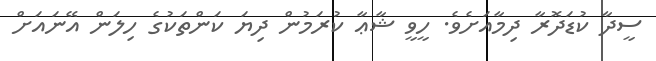
ސީދާ ކުޑަދޮރާ ދިމާއަށެވެ. ހީވީ ޝާޢާ ކުރަމުން ދިޔަ ކަންތަކުގެ ހިލަން އޭނައަށް